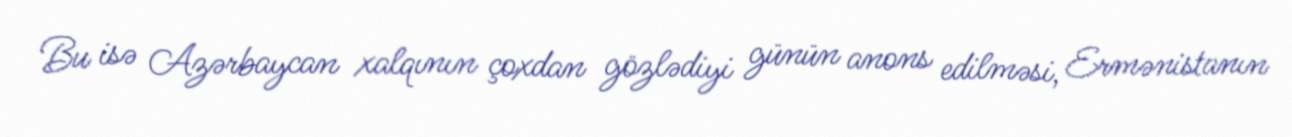
Bu isə Azərbaycan xalqının çoxdan gözlədiyi günün anons edilməsi, Ermənistanın